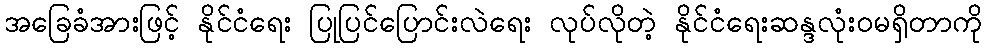
အခြေခံအားဖြင့် နိုင်ငံရေး ပြုပြင်ပြောင်းလဲရေး လုပ်လိုတဲ့ နိုင်ငံရေးဆန္ဒလုံးဝမရှိတာကို